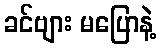
ခင်ဗျား မပြောနဲ့